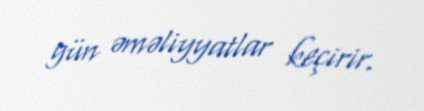
gün əməliyyatlar keçirir.